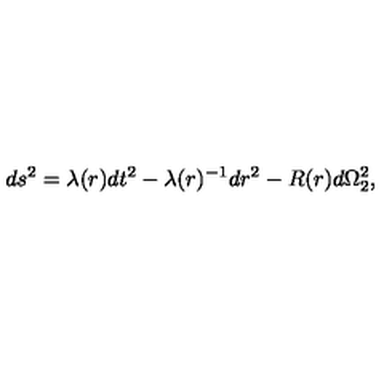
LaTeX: d s ^ { 2 } = \lambda ( r ) d t ^ { 2 } - \lambda ( r ) ^ { - 1 } d r ^ { 2 } - R ( r ) d \Omega _ { 2 } ^ { 2 } ,